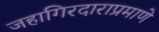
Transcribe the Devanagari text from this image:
जहागिरदाराप्रमाणे